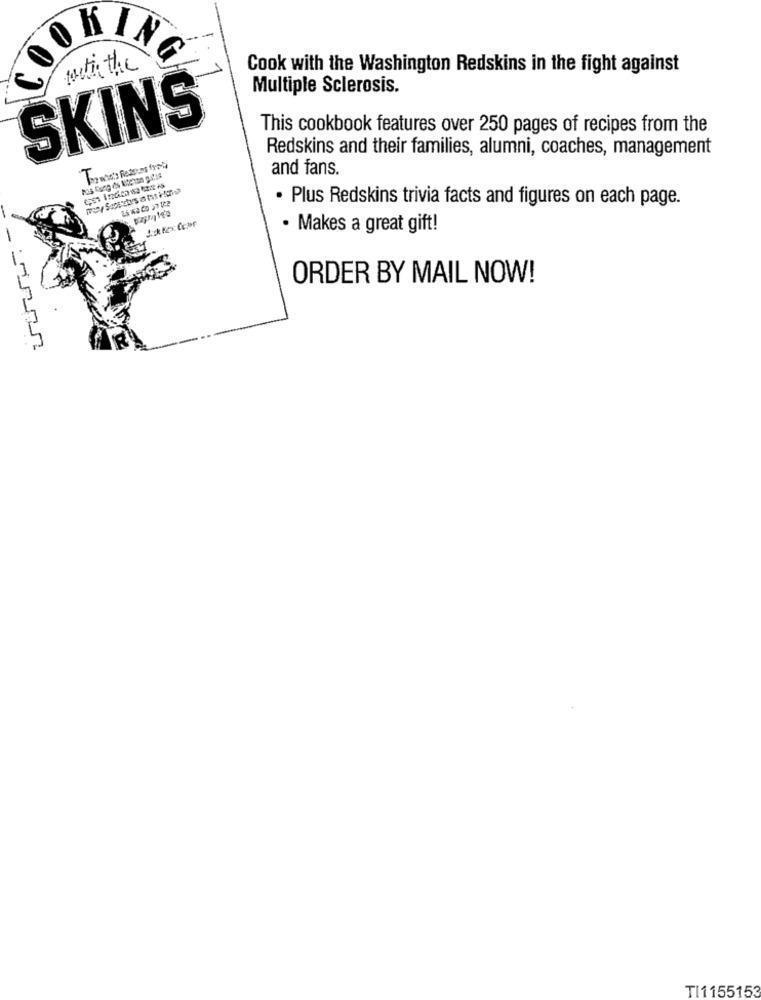
No
with the
Cook with the Washington Redskins in the fight against
Multiple Sclerosis.
SKINS
This cookbook features over 250 pages of recipes from the
Redskins and their families, alumni, coaches, management
and fans.
· Plus Redskins trivia facts and figures on each page.
· Makes a great gift!
ORDER BY MAIL NOW!
TI1155153